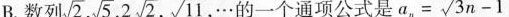
B.数列\sqrt{2}, \sqrt{5},2 \sqrt{2}, \sqrt{11}， \cdots 的一个通项公式是$$a _ { n } = \sqrt { 3 n - 1 }$$